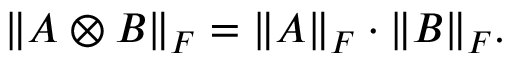
\| A \otimes B \| _ { F } = \| A \| _ { F } \cdot \| B \| _ { F } .